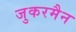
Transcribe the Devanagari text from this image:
जुकरमैन